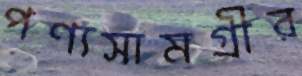
পণ্যসামগ্রীর